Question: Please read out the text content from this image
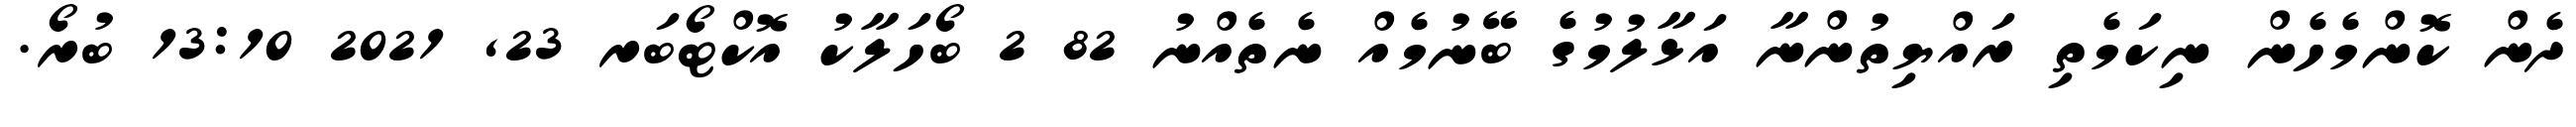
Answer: ދެން ކޮންމެހެން ނިކަމެތި ރައްޔިތުންނާ އަޅާލުމުގެ ބޭނުމެއް ނެތެއްނު 82 2 ބޯހަލާކު އޮކްޓޯބަރ 23, 2021 13:10 ބުރޯ.